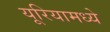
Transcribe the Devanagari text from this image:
यूरियामध्ये